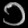
Digit: ၁